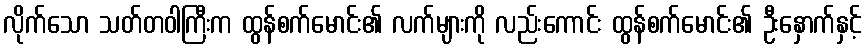
လိုက်သော သတ်တဝါကြီးက ထွန်စက်မောင်း၏ လက်များကို လည်းကောင်း ထွန်စက်မောင်း၏ ဦးနှောက်နှင့်